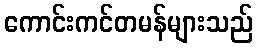
ကောင်းကင်တမန်များသည်